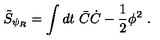
\tilde { S } _ { \psi _ { R } } = \int d t \ \bar { C } \dot { C } - { \frac { 1 } { 2 } } \phi ^ { 2 } \ .